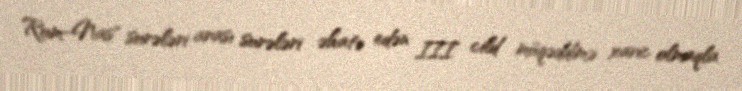
Rum-Nas" surələri arası surələri əhatə edən III cild müqəddimə xaric olmaqla